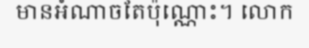
មានអំណាចតែប៉ុណ្ណោះ។ លោក